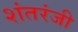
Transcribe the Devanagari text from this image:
शंतरंजी